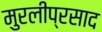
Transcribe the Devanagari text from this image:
मुरलीप्रसाद